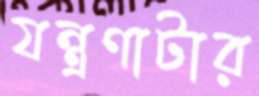
যন্ত্রণাটার